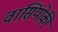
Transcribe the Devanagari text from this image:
वासिंयोकी